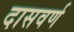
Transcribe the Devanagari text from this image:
दासवर्ण